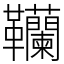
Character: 韊